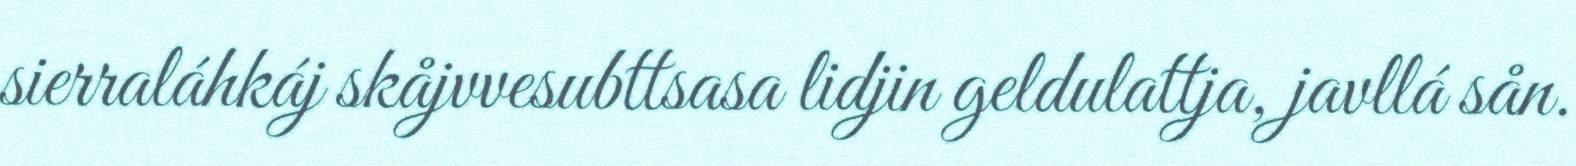
sierraláhkáj skåjvvesubttsasa lidjin geldulattja, javllá sån.